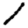
Digit: 1